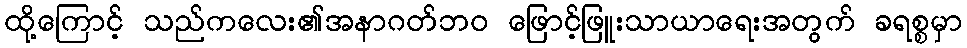
ထို့ကြောင့် သည်ကလေး၏အနာဂတ်ဘဝ ဖြောင့်ဖြူးသာယာရေးအတွက် ခရစ္စမှာ